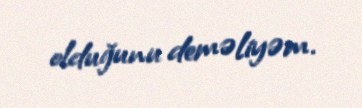
olduğunu deməliyəm.